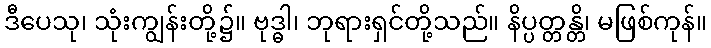
ဒီပေသု၊ သုံးကျွန်းတို့၌။ ဗုဒ္ဓါ၊ ဘုရားရှင်တို့သည်။ နိပ္ပတ္တန္တိ၊ မဖြစ်ကုန်။